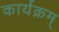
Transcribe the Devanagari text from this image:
कार्यक्रम्